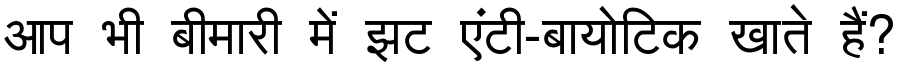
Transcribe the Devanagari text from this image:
आप भी बीमारी में झट एंटी-बायोटिक खाते हैं?